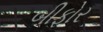
બીફોર